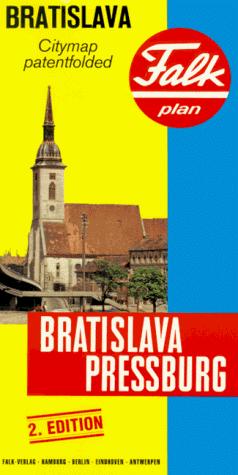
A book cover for Bratislava-Pressburg (Falk Plan); Falk-Verlag; Travel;